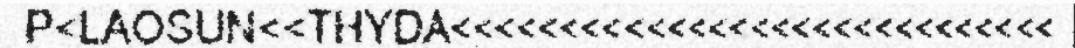
P<LAOSUN<<THYDA<<<<<<<<<<<<<<<<<<<<<<<<<<<<<